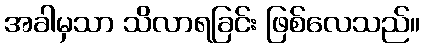
အခါမှသာ သိလာရခြင်း ဖြစ်လေသည်။